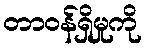
တာဝန်ရှိမှုကို